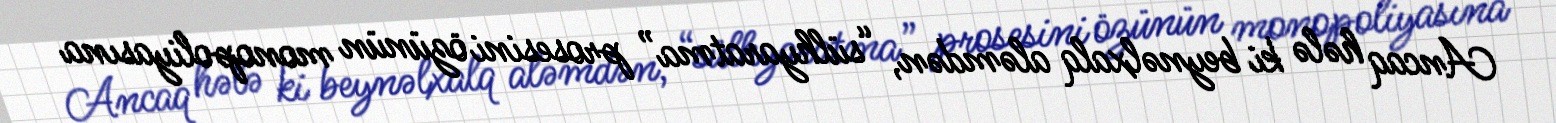
Ancaq hələ ki beynəlxalq aləmdən, “sülhyaratma” prosesini özünün monopoliyasına